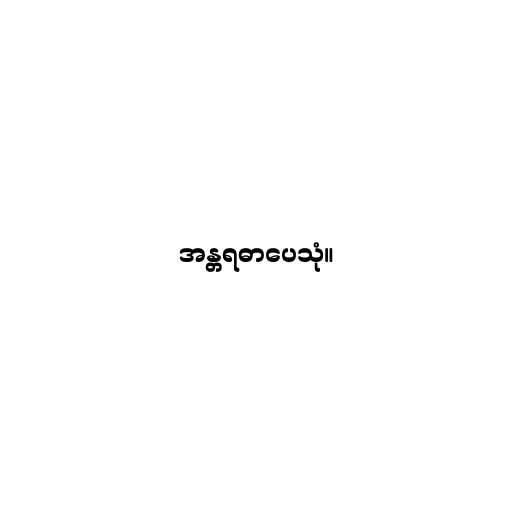
အန္တရဓာပေသုံ။